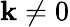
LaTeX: \mathbf{k}\neq0